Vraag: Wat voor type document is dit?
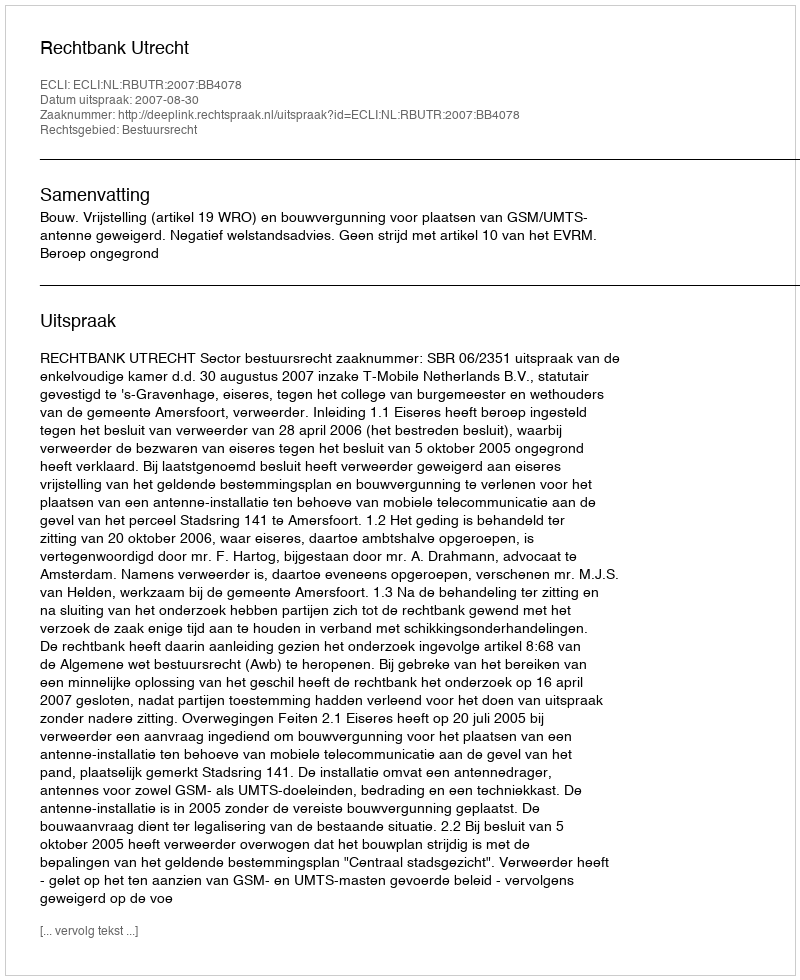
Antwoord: Uitspraak